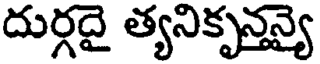
దుర్గదై త్యనికృన్తన్యై